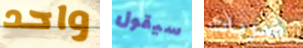
واحد سيقول ضربات